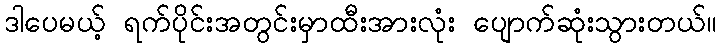
ဒါပေမယ့် ရက်ပိုင်းအတွင်းမှာထီးအားလုံး ပျောက်ဆုံးသွားတယ်။